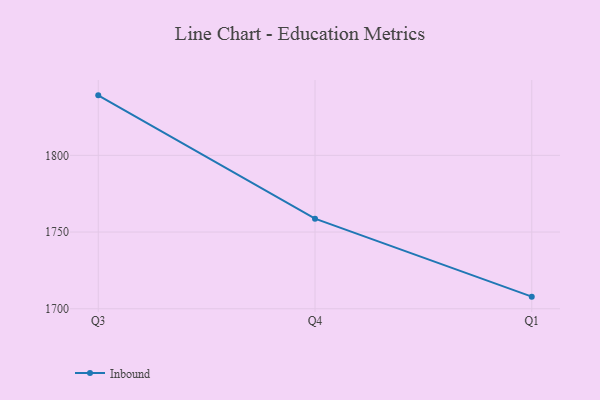
{"axis": {"x": "Quarter", "y": "Budget (USD K)"}, "legend": ["Inbound"], "data": [{"x": "Q3", "y": 1839.1, "type": "Inbound"}, {"x": "Q4", "y": 1758.7, "type": "Inbound"}, {"x": "Q1", "y": 1707.9, "type": "Inbound"}]}